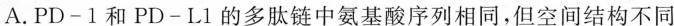
A.PD-1和PD-L1的多肽链中氨基酸序列相同，但空间结构不同